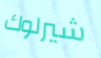
شيرلوك